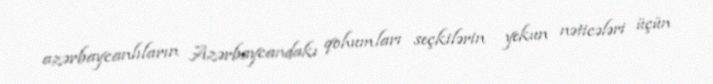
azərbaycanlıların Azərbaycandakı qohumları seçkilərin yekun nəticələri üçün